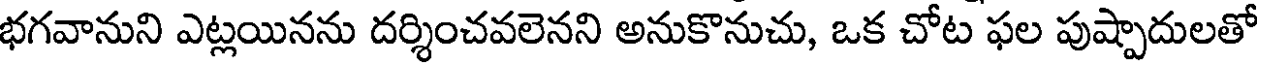
భగవానుని ఎట్లయినను దర్శించవలెనని అనుకొనుచు, ఒక చోట ఫల పుష్పాదులతో